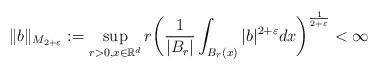
LaTeX: \begin{align*}\|b\|_{M_{2+\varepsilon}}:=\sup_{r>0, x \in \mathbb R^d} r\biggl(\frac{1}{|B_r|}\int_{B_r(x)}|b|^{2+\varepsilon}dx \biggr)^{\frac{1}{2+\varepsilon}}<\infty\end{align*}